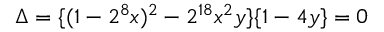
\Delta = \{ ( 1 - 2 ^ { 8 } x ) ^ { 2 } - 2 ^ { 1 8 } x ^ { 2 } y \} \{ 1 - 4 y \} = 0